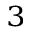
^ 3